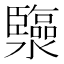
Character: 𤄈